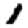
Digit: 1